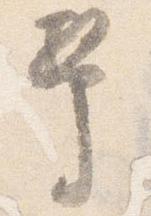
幣